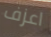
اعزف